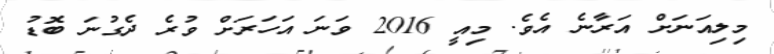
މިލިއަނަށް އަރާނެ އެވެ. މިއީ 2016 ވަނަ އަހަރަށް ވުރެ ދެގުނަ ބޮޑު